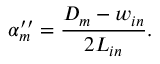
\alpha _ { m } ^ { \prime \prime } = \frac { D _ { m } - w _ { i n } } { 2 L _ { i n } } .